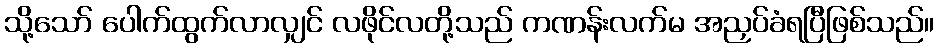
သို့သော် ပေါက်ထွက်လာလျှင် လဖိုင်လတို့သည် ကဏန်းလက်မ အညှပ်ခံရပြီဖြစ်သည်။